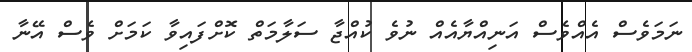
ނަމަވެސް އެއްވެސް އަނިއްޔާއެއް ނުވެ ކުއްޖާ ސަލާމަތް ކޮށްފައިވާ ކަމަށް ވެސް އޭނާ